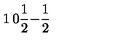
\begin{matrix} { 1 } & { 0 } \\ { { \frac { 1 } { 2 } } } & { - { \frac { 1 } { 2 } } } \\ \end{matrix}